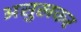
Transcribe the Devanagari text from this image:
असुखकर